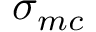
\sigma _ { m c }